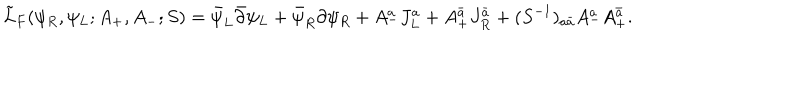
LaTeX: \tilde { L } _ { F } ( \psi _ { R } , \psi _ { L } ; A _ { + } , A _ { - } ; S ) = \bar { \psi } _ { L } \bar { \partial } \psi _ { L } + \bar { \psi } _ { R } \partial \psi _ { R } + A _ { - } ^ { a } J _ { L } ^ { a } + A _ { + } ^ { \bar { a } } J _ { R } ^ { \bar { a } } + ( S ^ { - 1 } ) _ { a \bar { a } } A _ { - } ^ { a } A _ { + } ^ { \bar { a } } .